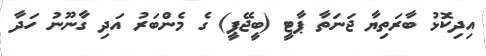
އިދިކޮޅު ބާރަތިޔާ ޖަނަތާ ޕާޓީ (ބީޖޭޕީ) ގެ މެންބަރު އަދި ގާނޫނު ހަދާ